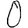
Digit: 0